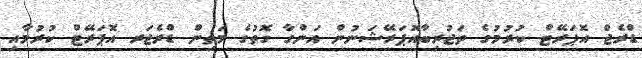
ޑްރެޖް އޮޕަރޭޓް ކުރުމުގެ ތަޖުރިބާއޮޕަރޭޝަނުން އަންގާ ގޮތުގެ މަތިން ޑްރެޖަރ އޮޕަރޭޓް ކުރުމާއި